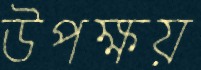
উপক্ষয়